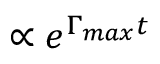
\propto e ^ { \Gamma _ { m a x } t }